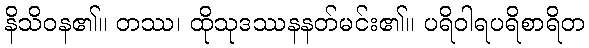
နိသိဝန၏။ တဿ၊ ထိုသုဒဿနနတ်မင်း၏။ ပရိဝါရပရိစာရိတ